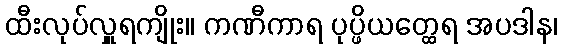
ထီးလုပ်လှူရကျိုး။ ကဏီကာရ ပုပ္ဖိယတ္ထေရ အပဒါန၊